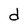
Character: d